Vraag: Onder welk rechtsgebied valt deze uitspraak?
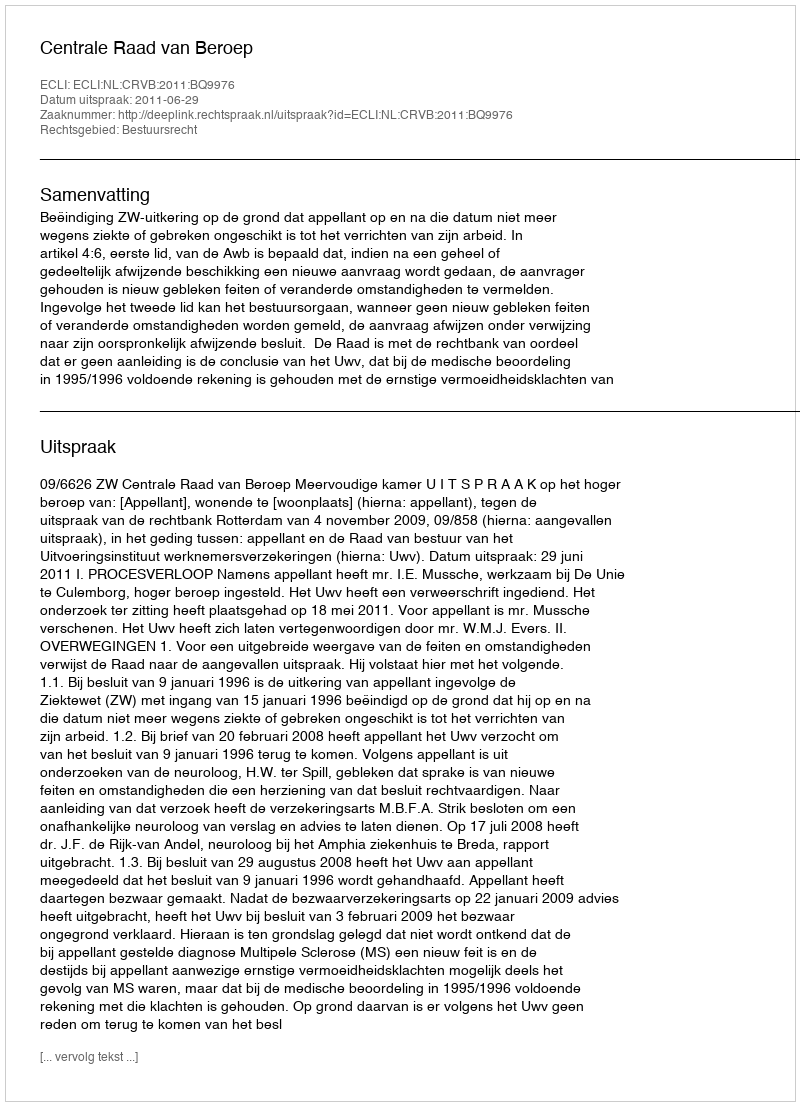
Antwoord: Bestuursrecht